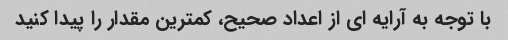
با توجه به آرایه ای از اعداد صحیح، کمترین مقدار را پیدا کنید